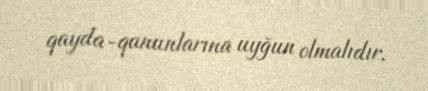
qayda-qanunlarına uyğun olmalıdır.